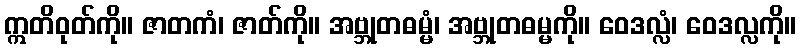
ဣတိဝုတ်ကို။ ဇာတကံ၊ ဇာတ်ကို။ အဗ္ဘုတဓမ္မံ၊ အဗ္ဘုတဓမ္မကို။ ဝေဒလ္လံ၊ ဝေဒလ္လကို။